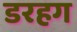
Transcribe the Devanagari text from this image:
डरहग